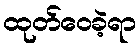
ထုတ်ဝေခဲ့ရာ